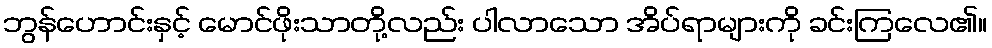
ဘွန်ဟောင်းနှင့် မောင်ဖိုးသာတို့လည်း ပါလာသော အိပ်ရာများကို ခင်းကြလေ၏။